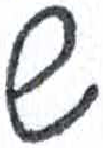
אות: ש